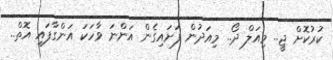
ކުރުކޮށް ޖީ.. މިއަލް ދޯ.. މިއަދުން ފަށައިގެން އަންނަ ވާހަކަ އަންގާފައި އޮތް..